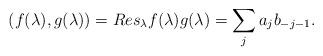
LaTeX: \begin{align*}(f(\lambda),g(\lambda))=Res_{\lambda}f(\lambda)g(\lambda)= \sum_j a_jb_{-j-1}.\end{align*}